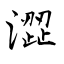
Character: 澀